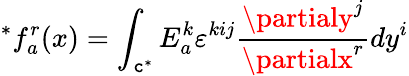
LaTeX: ^{*}f_{a}^{r}(x)=\int_{\mathtt{c}^{*}}E_{a}^{k}\varepsilon^{kij}\frac{{\partialy^{j}}}{{\partialx^{r}}}dy^{i}